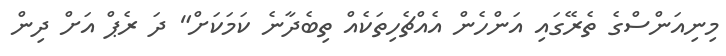
މިނިއަންސްގެ ތެރޭގައި އަންހެން އެއްޗެހިތަކެއް ތިބެދާނެ ކަމަކަށް" ދަ ރެޕް އަށް ދިން